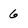
Character: 6